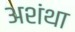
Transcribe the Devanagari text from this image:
अशंथा